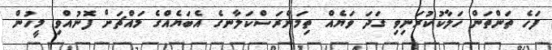
ފަހެ ތަންތަން ހަލާކުކުރަނިވި ގަދަ ވަޔެއް ތިމަންރަސްކަލާނގެ އެބަޔެއްގެ މައްޗަށް ފޮނުއްވި މީހުން